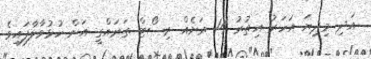
އަދި މިދިޔަ އަހަރު އިތުރު 14 ރަށެއް ރިސޯޓް ތަރައްގީ އަށް ހުޅުވާލާފައިވެ